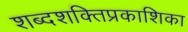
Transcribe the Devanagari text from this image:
शब्दशक्तिप्रकाशिका